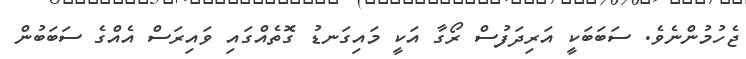
ޖެހުމުންނެވެ. ސަބަބަކީ އަރިދަފުސް ރޯގާ އަކީ މައިގަނޑު ގޮތެއްގައި ވައިރަސް އެއްގެ ސަބަބުން